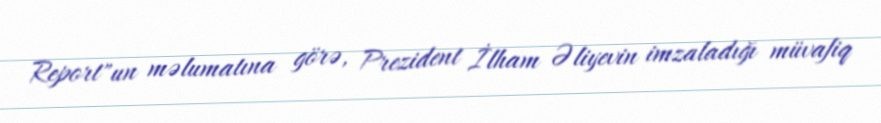
Report"un məlumatına görə, Prezident İlham Əliyevin imzaladığı müvafiq